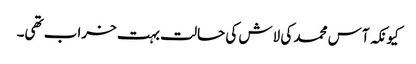
کیونکہ آس محمد کی لاش کی حالت بہت خراب تھی۔